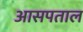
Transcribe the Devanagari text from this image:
आसपताल